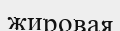
жировая